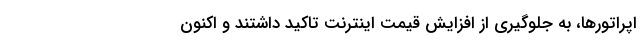
اپراتورها، به جلوگیری از افزایش قیمت اینترنت تاکید داشتند و اکنون